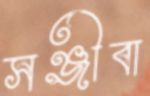
সঞ্জীবা